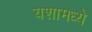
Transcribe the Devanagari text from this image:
यशामध्ये